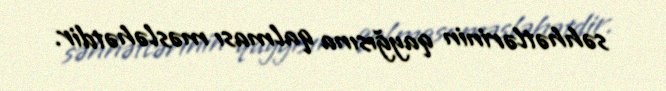
səhhətlərinin qayğısına qalması məsləhətdir.